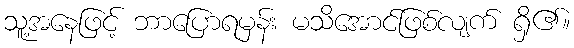
သူ့အနေဖြင့် ဘာပြောရမှန်း မသိအောင်ဖြစ်လျက် ရှိ၏။